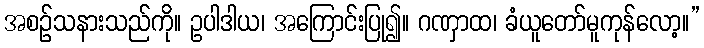
အစဉ်သနားသည်ကို။ ဥပါဒါယ၊ အကြောင်းပြု၍။ ဂဏှာထ၊ ခံယူတော်မူကုန်လော့။”